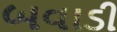
બવાડી